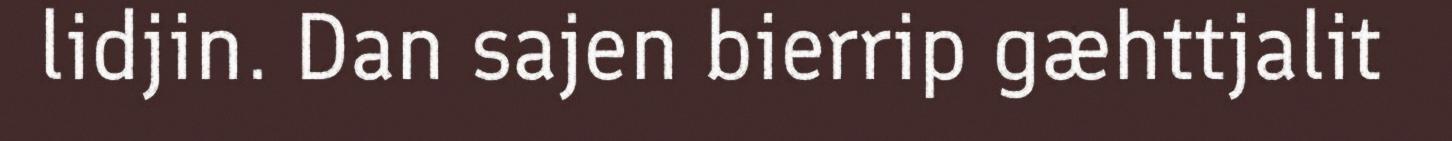
lidjin. Dan sajen bierrip gæhttjalit